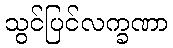
သွင်ပြင်လက္ခဏာ